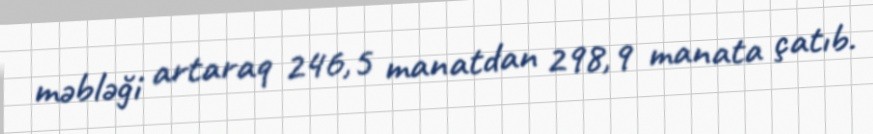
məbləği artaraq 246,5 manatdan 298,9 manata çatıb.